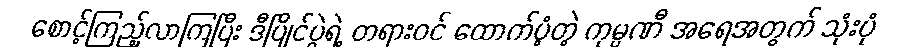
စောင့်ကြည့်လာကြပြီး ဒီပြိုင်ပွဲရဲ့ တရားဝင် ထောက်ပံ့တဲ့ ကုမ္ပဏီ အရေအတွက် သုံးပုံ